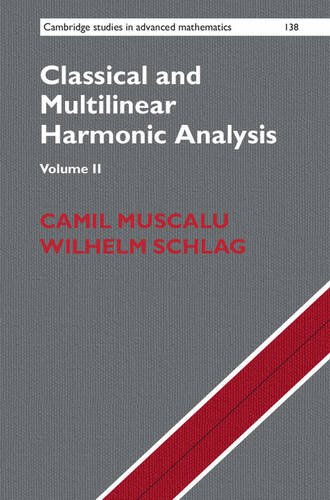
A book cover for Classical and Multilinear Harmonic Analysis (Cambridge Studies in Advanced Mathematics) (Volume 2); Camil Muscalu; Science & Math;